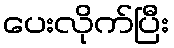
ပေးလိုက်ပြီး